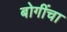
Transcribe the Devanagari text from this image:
बोगींचा